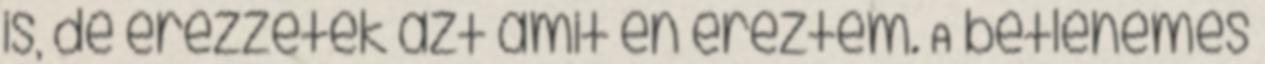
is, de érezzétek azt amit én éreztem. A betlehemes